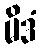
မိဒံ